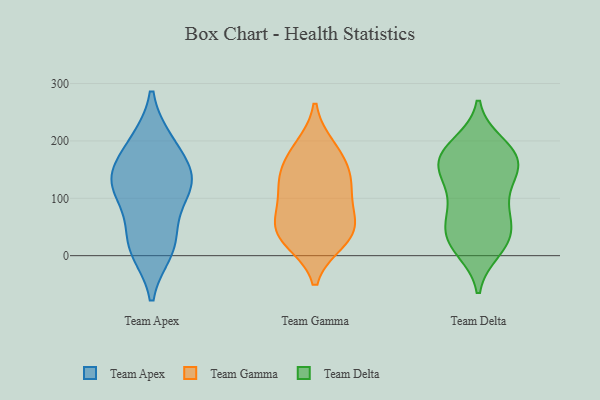
{"axis": {"x": "Gross Profit (USD K)", "y": "Value"}, "legend": ["Team Apex", "Team Delta", "Team Gamma"], "data": [{"x": "", "y": 132, "type": "Team Apex"}, {"x": "", "y": 198, "type": "Team Apex"}, {"x": "", "y": 125, "type": "Team Apex"}, {"x": "", "y": 148, "type": "Team Apex"}, {"x": "", "y": 20, "type": "Team Apex"}, {"x": "", "y": 132, "type": "Team Apex"}, {"x": "", "y": 80, "type": "Team Apex"}, {"x": "", "y": 198, "type": "Team Apex"}, {"x": "", "y": 10, "type": "Team Apex"}, {"x": "", "y": 123, "type": "Team Apex"}, {"x": "", "y": 22, "type": "Team Apex"}, {"x": "", "y": 124, "type": "Team Gamma"}, {"x": "", "y": 177, "type": "Team Gamma"}, {"x": "", "y": 188, "type": "Team Gamma"}, {"x": "", "y": 98, "type": "Team Gamma"}, {"x": "", "y": 65, "type": "Team Gamma"}, {"x": "", "y": 26, "type": "Team Gamma"}, {"x": "", "y": 46, "type": "Team Gamma"}, {"x": "", "y": 144, "type": "Team Gamma"}, {"x": "", "y": 30, "type": "Team Gamma"}, {"x": "", "y": 49, "type": "Team Gamma"}, {"x": "", "y": 130, "type": "Team Gamma"}, {"x": "", "y": 48, "type": "Team Delta"}, {"x": "", "y": 122, "type": "Team Delta"}, {"x": "", "y": 11, "type": "Team Delta"}, {"x": "", "y": 176, "type": "Team Delta"}, {"x": "", "y": 15, "type": "Team Delta"}, {"x": "", "y": 69, "type": "Team Delta"}, {"x": "", "y": 38, "type": "Team Delta"}, {"x": "", "y": 87, "type": "Team Delta"}, {"x": "", "y": 151, "type": "Team Delta"}, {"x": "", "y": 38, "type": "Team Delta"}, {"x": "", "y": 134, "type": "Team Delta"}, {"x": "", "y": 85, "type": "Team Delta"}, {"x": "", "y": 167, "type": "Team Delta"}, {"x": "", "y": 23, "type": "Team Delta"}, {"x": "", "y": 172, "type": "Team Delta"}, {"x": "", "y": 151, "type": "Team Delta"}, {"x": "", "y": 165, "type": "Team Delta"}, {"x": "", "y": 194, "type": "Team Delta"}, {"x": "", "y": 189, "type": "Team Delta"}]}